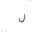
Letter: _lam